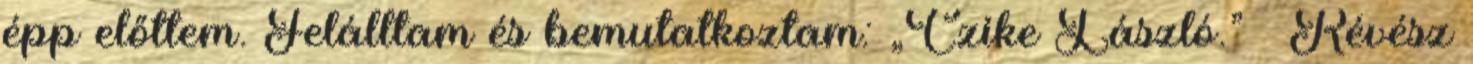
épp előttem. Felálltam és bemutatkoztam: „Czi­ke Lász­ló.” – Révész